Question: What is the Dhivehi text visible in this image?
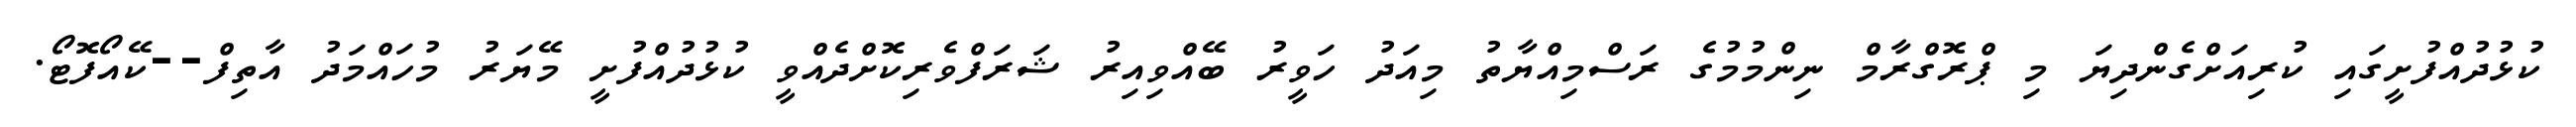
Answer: ކުޅުދުއްފުށީގައި ކުރިއަށްގެންދިޔަ މި ޕްރޮގްރާމް ނިންމުމުގެ ރަސްމިއްޔާތު މިއަދު ހަވީރު ބޭއްވިއިރު ޝަރަފްވެރިކޮށްދެއްވީ ކުޅުދުއްފުށީ މޭޔަރު މުހައްމަދު އާތިފް--ކޭއޯފޮޓޯ.